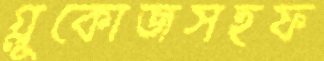
গ্লুকোজসহফ